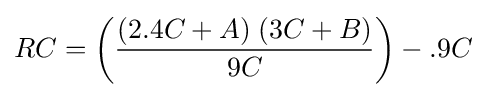
RC=\left({\frac {(2.4C+A)\;(3C+B)}{9C}}\right)-.9C